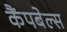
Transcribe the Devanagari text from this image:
कैंपबेल्स